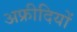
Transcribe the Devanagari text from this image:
अफ्रीदियों